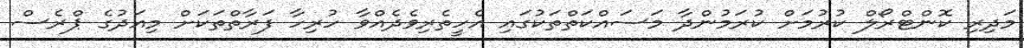
މަދިރި ކޮންޓްރޯލް ކުރުމަށް ކުރަމުންދާ މަސައްކަތްތަކުގައި އެހީތެރިވެދެއްވާ ހުރިހާ ފަރާތްތަކަށް މިއަދުގެ ޕްްރެސް